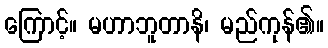
ကြောင့်။ မဟာဘူတာနိ၊ မည်ကုန်၏။